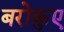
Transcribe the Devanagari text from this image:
बरोकुए